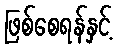
ဖြစ်စေရန်နှင့်